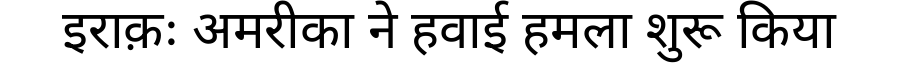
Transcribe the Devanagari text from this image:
इराक़ः अमरीका ने हवाई हमला शुरू किया